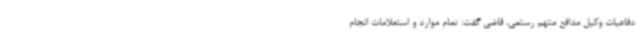
دفاعیات وکیل مدافع متهم رستمی، قاضی گفت: تمام موارد و استعلامات انجام